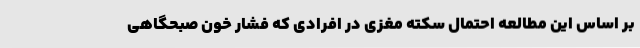
بر اساس این مطالعه احتمال سکته مغزی در افرادی که فشار خون صبحگاهی